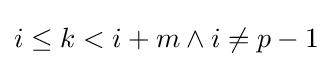
i\leq k<i+m\land i\neq p-1